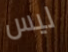
ليس